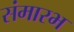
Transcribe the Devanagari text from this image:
संमारभ